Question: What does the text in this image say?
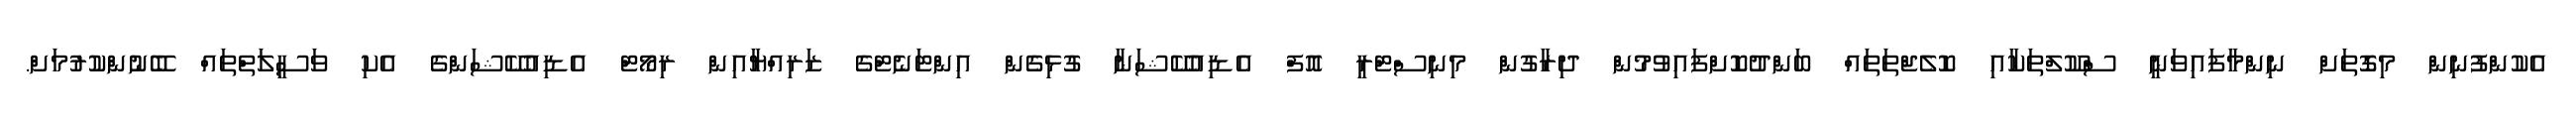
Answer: އެކުންފުނިން މިގޮތަށް ނިންމާފައިވަނީ ސްކޫލްތަކާއި ކޮލެޖްތަތައް ބަންދުކޮށްފައިވުމުން ދިރާގުން މިނިސްޓްރީ އޮފް އެޑިއުކޭޝަނާ ގުޅިގެން އިންޓަނެޓްގެ ޒަރިއްޔާއިން ރިމޯޓް އެޑިއުކޭޝަންގެ އެކި ވަސީލަތްތައް ބޭނުންކުރުމަށް.